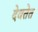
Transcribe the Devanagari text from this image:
देवतेत